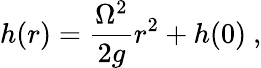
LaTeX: h(r)={\frac{\Omega^{2}}{2g}}r^{2}+h(0)\ ,